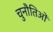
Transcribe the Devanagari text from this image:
चुनौतिओं